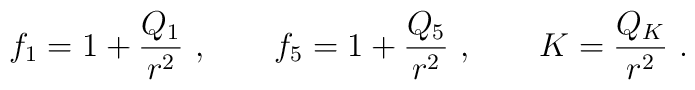
f_1 = 1 + {Q_1\over r^2}\ , \qquad f_5 = 1 + {Q_5\over r^2}\ , \qquad K = {Q_K\over r^2}\ .